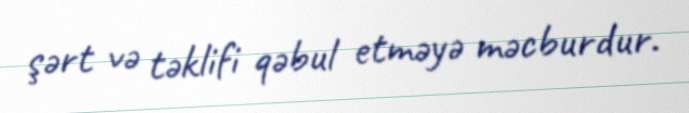
şərt və təklifi qəbul etməyə məcburdur.